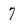
Character: 7